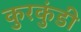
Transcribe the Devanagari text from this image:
कुरकुंडी